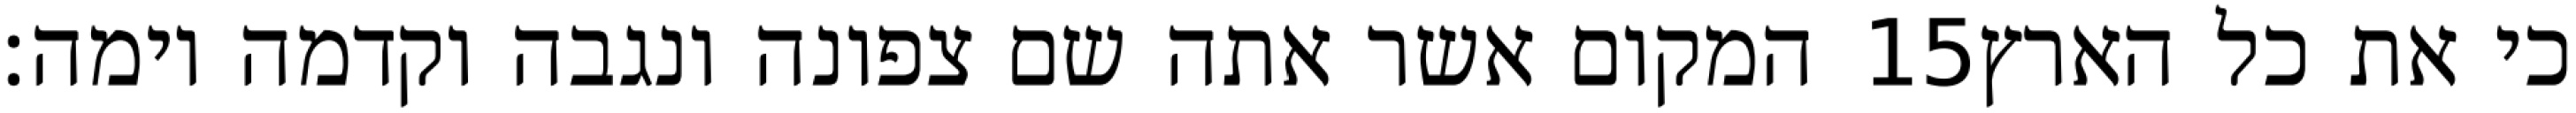
המקום אשר אתה שם צפונה ונגבה וקדמה וימה׃ ‎15‏ כי את כל הארץ